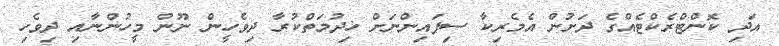
އަދި ކޮންޓްރެކްޓެއްގެ ދަށުން އެމެރިކާ ސިފައިންނަށް ޚިދުމަތްކުރާ ދިވެހީން ނޫން މީހުންނާއި ދިވެހި